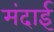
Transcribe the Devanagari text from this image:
मंदाई